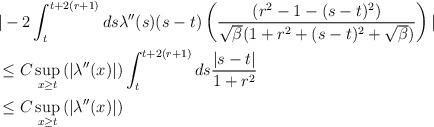
LaTeX: \begin{align*} &|-2 \int_{t}^{t+2(r+1)} ds \lambda''(s)(s-t) \left(\frac{(r^{2}-1-(s-t)^{2})}{\sqrt{\beta} (1+r^{2}+(s-t)^{2}+\sqrt{\beta})}\right)|\\&\leq C \sup_{x \geq t}\left(|\lambda''(x)|\right) \int_{t}^{t+2(r+1)} ds \frac{|s-t|}{1+r^{2}}\\&\leq C \sup_{x \geq t}\left(|\lambda''(x)|\right)\end{align*}